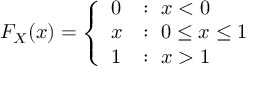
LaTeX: F _ { X } ( x ) = { \left\{ \begin{array} { l l } { 0 } & { : \ x < 0 } \\ { x } & { : \ 0 \leq x \leq 1 } \\ { 1 } & { : \ x > 1 } \end{array} \right. }